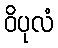
ဝိပုလံ